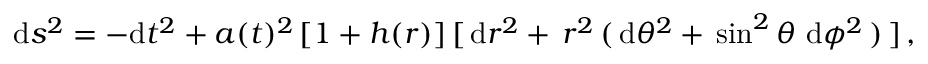
\mathrm { d } s ^ { 2 } = - \mathrm { d } t ^ { 2 } + a ( t ) ^ { 2 } \, [ 1 + h ( r ) ] \, [ \, \mathrm { d } r ^ { 2 } + \, r ^ { 2 } \, ( \, \mathrm { d } \theta ^ { 2 } + \, \sin ^ { 2 } \theta \, \, \mathrm { d } \phi ^ { 2 } \, ) \, ] \, ,